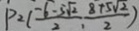
P _ { 2 } ( \frac { - 6 - 5 \sqrt { 2 } } { 2 } , \frac { 8 + 5 \sqrt { 2 } } { 2 } )